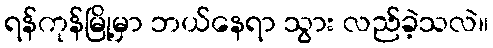
ရန်ကုန်မြို့မှာ ဘယ်နေရာ သွား လည်ခဲ့သလဲ။